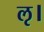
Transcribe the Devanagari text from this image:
ॡ।